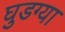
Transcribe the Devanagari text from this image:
घुडग्या